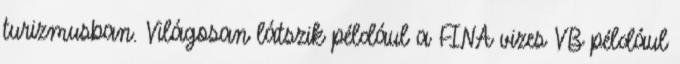
turizmusban. Világosan látszik például a FINA vizes VB például